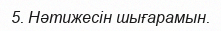
5. Нәтижесін шығарамын.